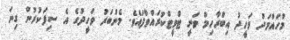
މުހައްމަދު ވަހީދު އިބްރާހިމް ވަނީ ޓްވީޓްކުރައްވާފައެވެ. މެންބަރު ވަހީދުގެ އެ ސިފަކުރުން ގިނަ